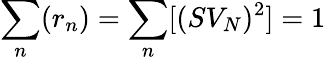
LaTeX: \sum_{n}(r_{n})=\sum_{n}[(SV_{N})^{2}]=1